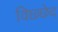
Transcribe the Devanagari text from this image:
विछ्छेद